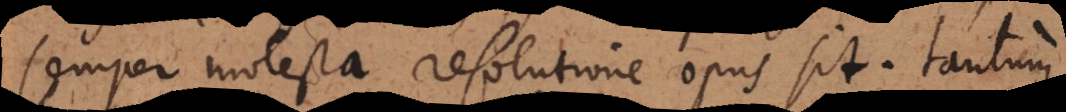
semper molesta resolutione opus sit. Tantum